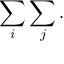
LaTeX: \sum _ { i } \sum _ { j } .